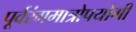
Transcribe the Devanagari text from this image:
पूर्वरंगमात्रोपयोगी